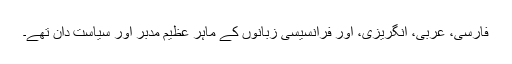
فارسی، عربی، انگریزی، اور فرانسیسی زبانوں کے ماہر عظیم مدبر اور سیاست دان تھے۔